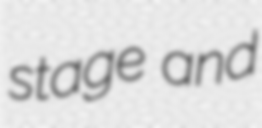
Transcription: stage and